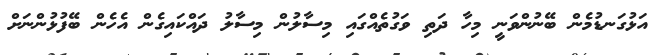
އަޅުގަނޑުމެން ބޭނުންވަނީ މިހާ ދަތި ވަގުތެއްގައި މިސާލުން މިސާލު ދައްކައިގެން އެހެން ބޭފުޅުންނަށް